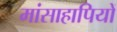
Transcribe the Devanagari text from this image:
मांसाहापियों